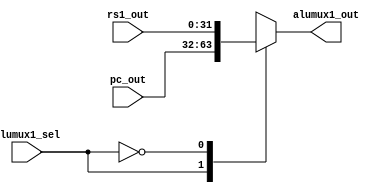
module alumux1(rs1_out,pc_out,alumux1_sel,alumux1_out);
input [31:0]rs1_out,pc_out;
input alumux1_sel;
output reg [31:0]alumux1_out;
always@(alumux1_sel,rs1_out,pc_out) begin
case(alumux1_sel) 
1: alumux1_out = pc_out;
0: alumux1_out = rs1_out;
endcase
end
endmodule